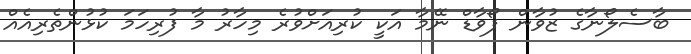
ބާސެލޯނާގެ ޒުވާން ފޯވާޑް ނޭމާ އަކީ ކުރިއަށްވުރެ މިހާރު މާ ފުރިހަމަ ކުޅުންތެރިއެއް